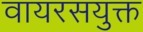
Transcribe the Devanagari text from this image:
वायरसयुक्त